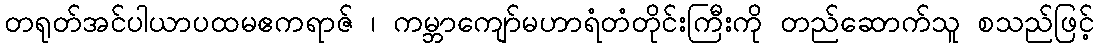
တရုတ်အင်ပါယာပထမဧကရာဇ် ၊ ကမ္ဘာကျော်မဟာရံတံတိုင်းကြီးကို တည်ဆောက်သူ စသည်ဖြင့်